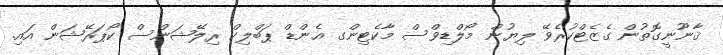
ޤާނޫނީގޮތުން ގެޒެޓްކުރެވޭ ލިޔުން މޯލްޑިވްސް މާކެޓިންގ އެންޑް ޕަބްލިކް ރިލޭޝަންސް ކޯޕަރޭޝަން އައި.